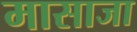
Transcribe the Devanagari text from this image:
मासाजा